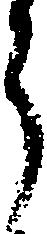
郎